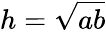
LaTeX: h={\sqrt{ab}}